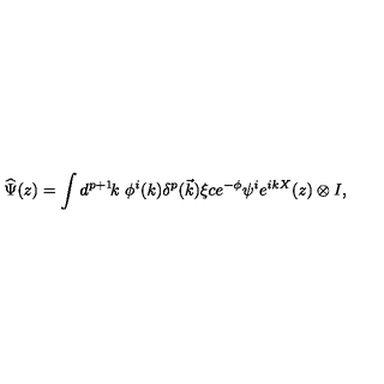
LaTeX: \widehat { \Psi } ( z ) = \int d ^ { p + 1 } \! k \ \phi ^ { i } ( k ) \delta ^ { p } ( \vec { k } ) \xi c e ^ { - \phi } \psi ^ { i } e ^ { i k X } ( z ) \otimes I ,